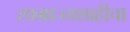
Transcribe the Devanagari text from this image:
साम्राज्यशाहीचा